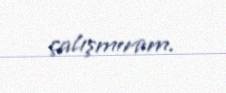
çalışmıram.